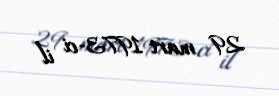
29 mart 1973-ci il